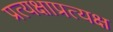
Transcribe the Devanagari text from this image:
प्रत्यक्षाप्रत्यक्ष